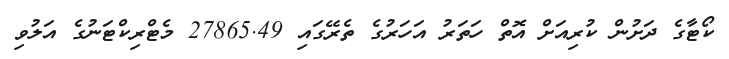
ކޯޓާގެ ދަށުން ކުރިއަށް އޮތް ހަތަރު އަހަރުގެ ތެރޭގައި 27865.49 މެޓްރިކްޓަނުގެ އަލުވި